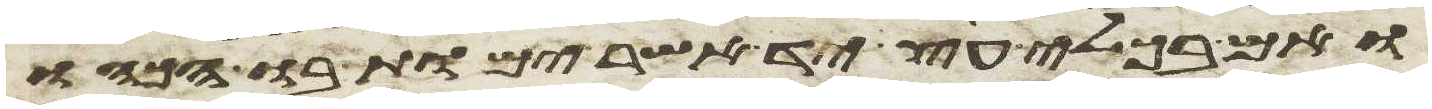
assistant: ואם בכלי עץ יד אשר ימות בו הכהו